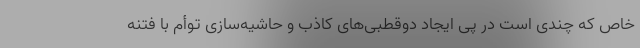
خاص که چندی است در پی ایجاد دوقطبی‌های کاذب و حاشیه‌سازی توأم با فتنه